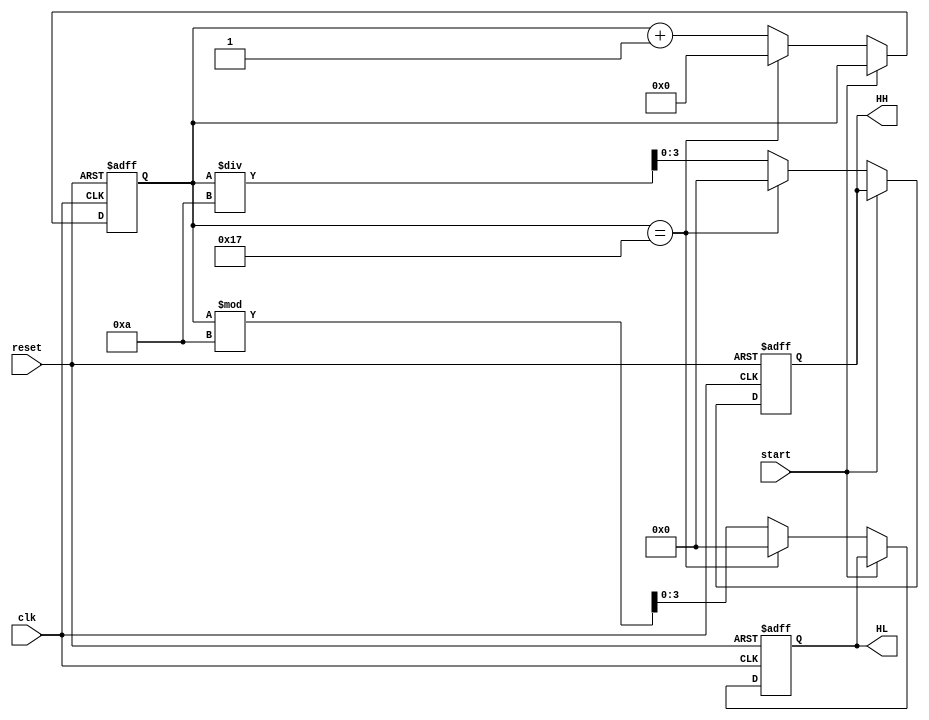
module hour(clk,reset,start,HL,HH);
input clk;
input reset,start;
output [3:0]HL,HH;
reg [3:0]HL,HH;
reg [7:0]cnt;

	always@(posedge clk or negedge reset)
	begin
	if (!reset)
		begin
		HL <= 4'd0;
		HH <= 4'd0;
		cnt <= 8'd0;
		end
	else
		begin
		if (!start)
			begin
			if (cnt==8'd23)
				begin
				cnt <= 8'd0;
				HL <= 4'd0;
				HH <= 4'd0;
				end
			else
				begin
				cnt <= cnt+8'd1;
				HL <= cnt%10;
				HH <= cnt/10;
				end
			end
		end
	end
	
endmodule